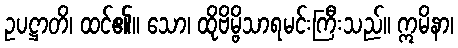
ဥပဋ္ဌာတိ၊ ထင်၏။ သော၊ ထိုဗိမ္ဗိသာရမင်းကြီးသည်။ ဣမိနာ၊